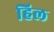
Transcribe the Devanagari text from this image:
हिल